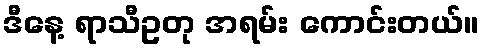
ဒီနေ့ ရာသီဥတု အရမ်း ကောင်းတယ်။